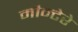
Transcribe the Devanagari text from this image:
मौन्टेरे